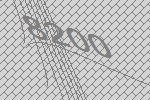
8200